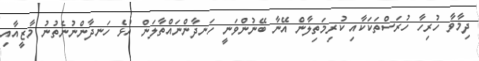
ދިމާވާ ހުރިހާ ހުރަސްތަކަކާއި ކުރިމަތިލާން އޭނާ ބޭނުންވަނީ ހަނދާންނައްތާލަން އުޅެ ހަނދާންނުނެތުނު މާޒީއާއި